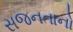
સજનતાનો